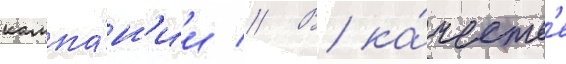
кампа́н'ии // В ка́честв'е